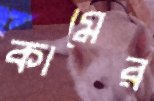
কামের